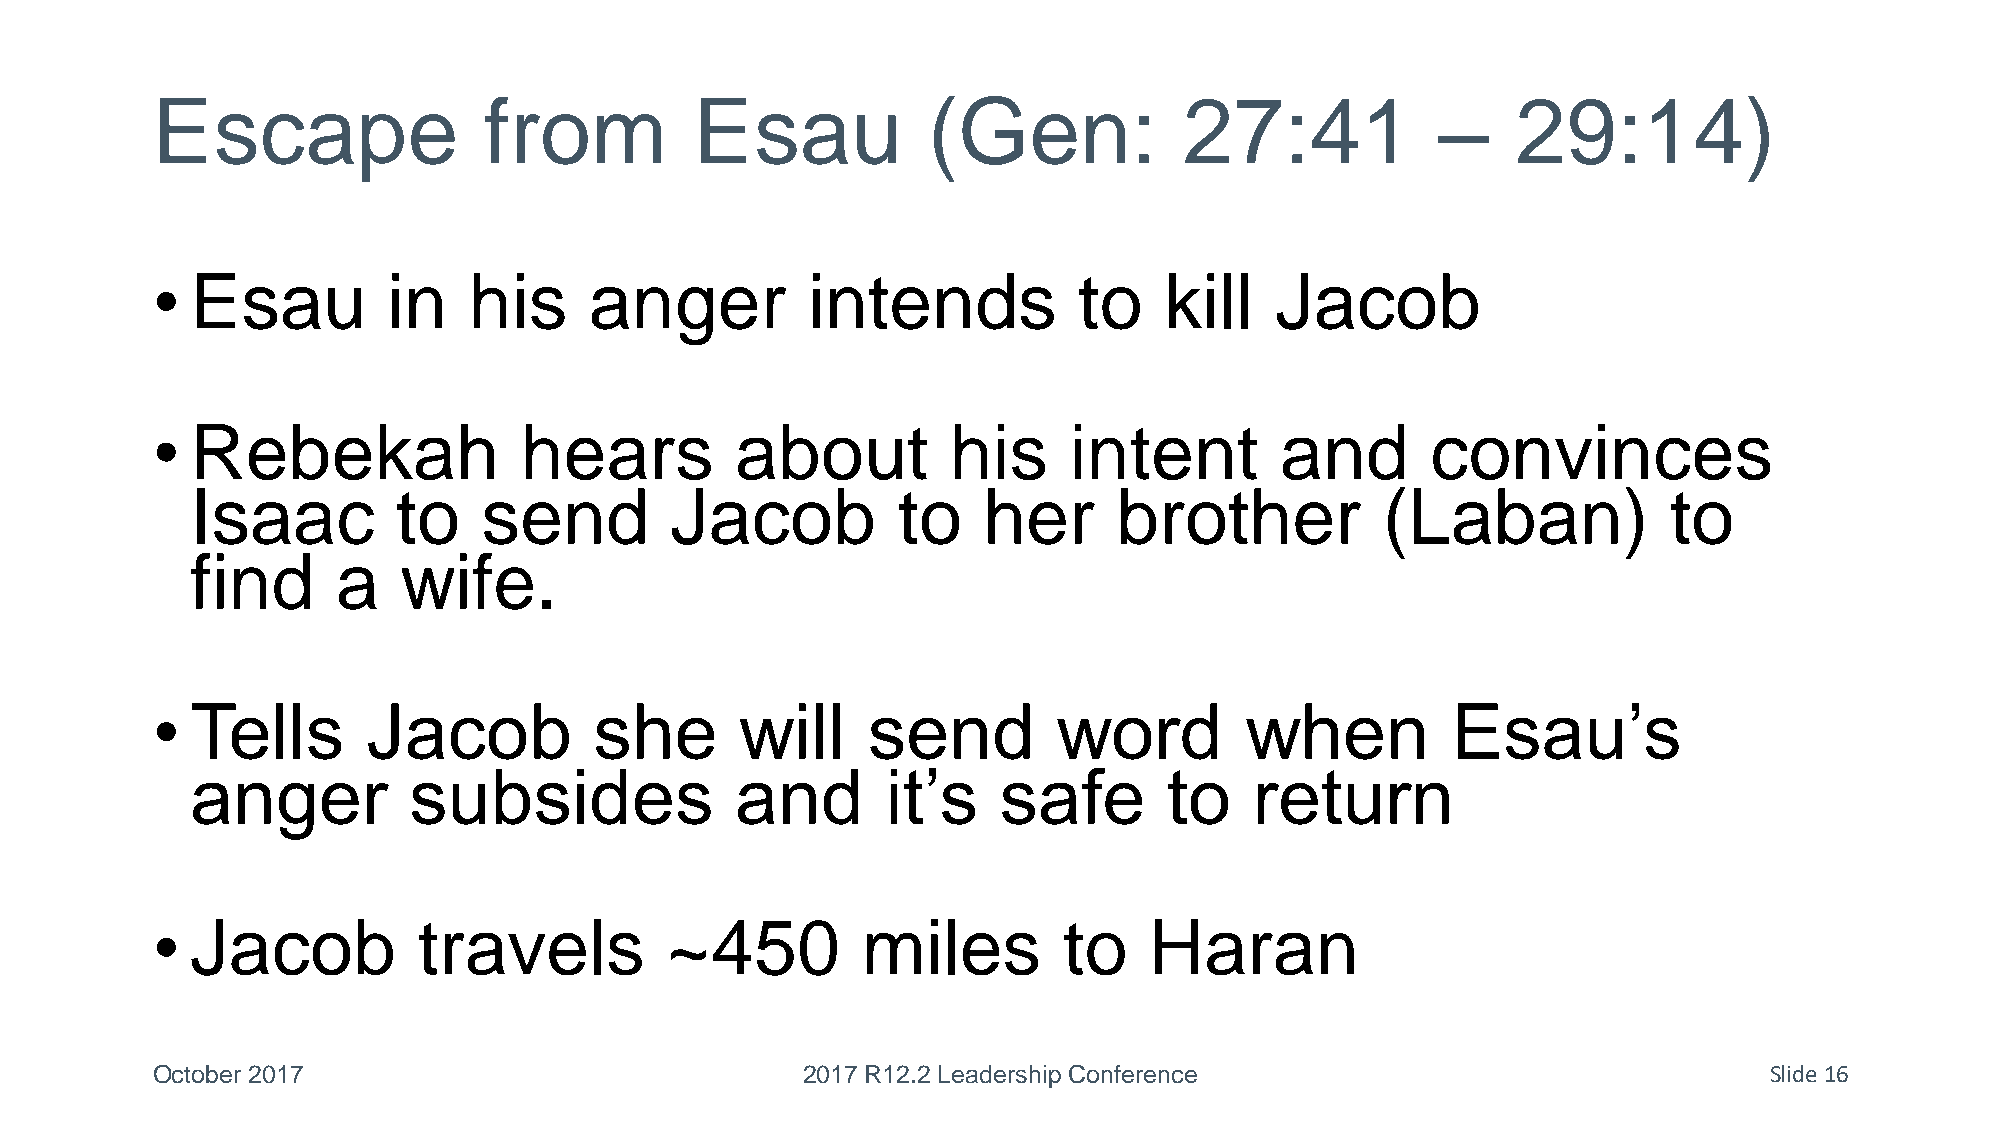
Escape                from          Esau           (Gen:            27:41            –    29:14)
 •  Esau         in   his     anger         intends           to    kill   Jacob
 •  Rebekah              hears          about         his     intent        and       convinces
 Isaac        to    send        Jacob          to    her      brother          (Laban)             to
 find     a   wife.
 •  Tells      Jacob          she       will    send         word        when          Esau’s
 anger         subsides              and       it’s   safe       to    return
 •  Jacob          travels         ~450         miles        to    Haran
 October 2017                               2017 R12.2 Leadership Conference                                Slide 16